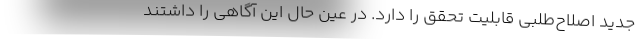
جدید اصلاح‌طلبی قابلیت تحقق را دارد. در عین حال این آگاهی را داشتند